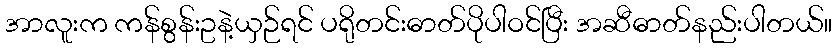
အာလူးက ကန်စွန်းဥနဲ့ယှဉ်ရင် ပရိုတင်းဓာတ်ပိုပါဝင်ပြီး အဆီဓာတ်နည်းပါတယ်။